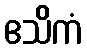
ဧသိကံ